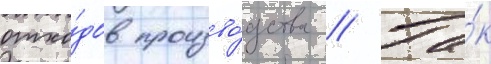
отхо́дов произво́дства // Та́к